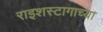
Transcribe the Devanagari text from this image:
राइशस्टागाच्या